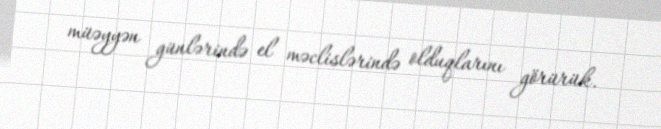
müəyyən günlərində el məclislərində olduqlarını görürük.